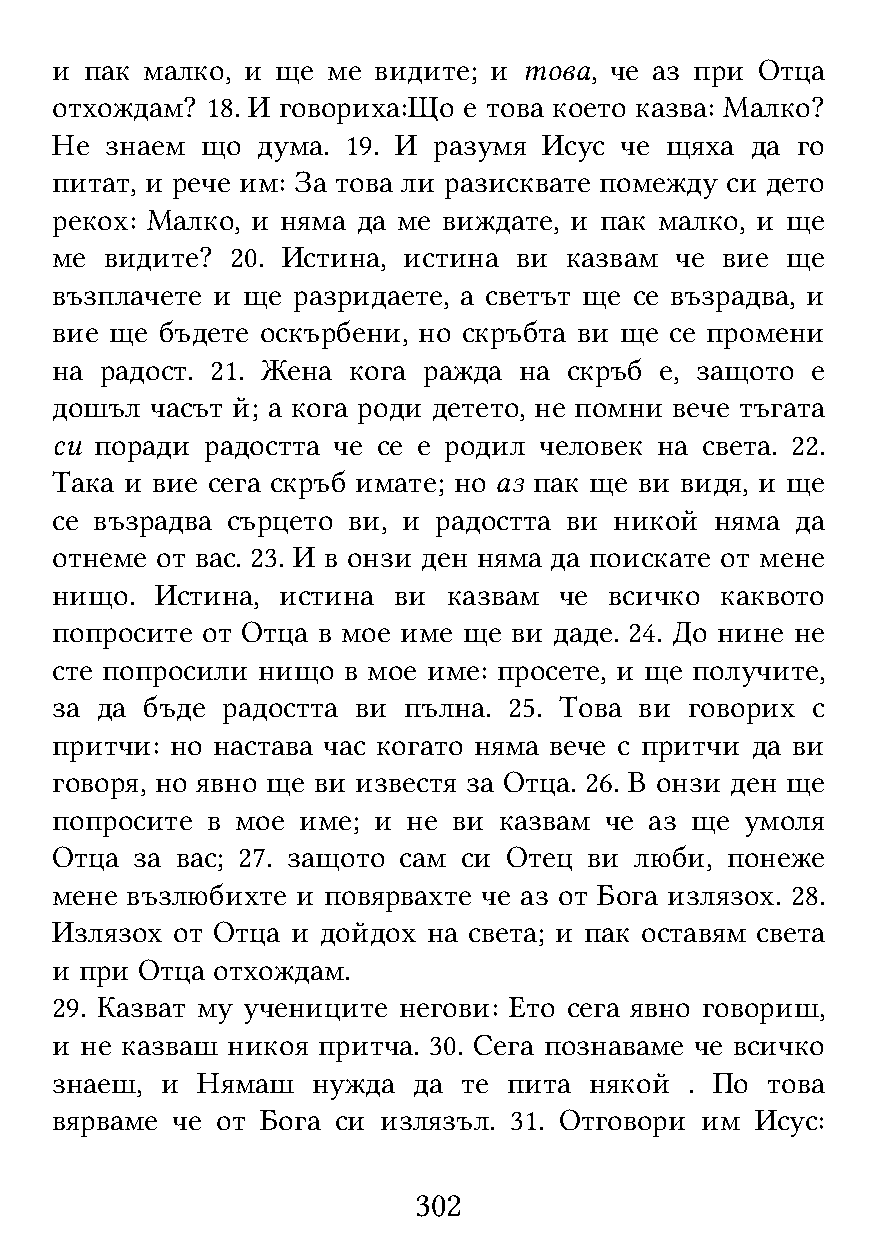
и  пак малко, и ще ме видите; и това, че аз при Отца
 отхождам?  18. И говориха:Що е това което казва: Малко?
 Не  знаем що  дума. 19. И разумя Исус че щяха  да го
 питат, и рече им: За това ли разисквате помежду си дето
 рекох: Малко, и няма да ме виждате, и пак малко, и ще
 ме  видите? 20. Истина, истина ви казвам  че вие ще
 възплачете и ще разридаете, а светът ще се възрадва, и
 вие ще  бъдете оскърбени, но скръбта ви ще се промени
 на  радост. 21. Жена кога ражда на скръб е, защото е
 дошъл  часът й; а кога роди детето, не помни вече тъгата
 си поради  радостта че се е родил человек на света. 22.
 Така и вие сега скръб имате; но аз пак ще ви видя, и ще
 се възрадва сърцето ви, и радостта ви никой няма  да
 отнеме от вас. 23. И в онзи ден няма да поискате от мене
 нищо.  Истина, истина  ви  казвам че всичко  каквото
 попросите от Отца в мое име ще ви даде. 24. До нине не
 сте попросили нищо  в мое име: просете, и ще получите,
 за да бъде  радостта ви пълна. 25. Това ви говорих с
 притчи: но настава час когато няма вече с притчи да ви
 говоря, но явно ще ви известя за Отца. 26. В онзи ден ще
 попросите  в мое име; и не ви казвам че аз ще умоля
 Отца  за вас; 27. защото сам си Отец ви люби, понеже
 мене възлюбихте  и повярвахте че аз от Бога излязох. 28.
 Излязох от Отца и дойдох на света; и пак оставям света
 и при Отца отхождам.
 29. Казват му учениците негови: Ето сега явно говориш,
 и не казваш никоя притча. 30. Сега познаваме че всичко
 знаеш,  и Нямаш   нужда да  те пита някой  . По това
 вярваме че от Бога си излязъл. 31. Отговори им Исус:
 302